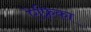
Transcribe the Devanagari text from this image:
ऐफ़्रिका